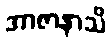
အာဇာနာသိ